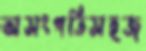
অসংগতিসহজ